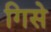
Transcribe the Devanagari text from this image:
गिसे